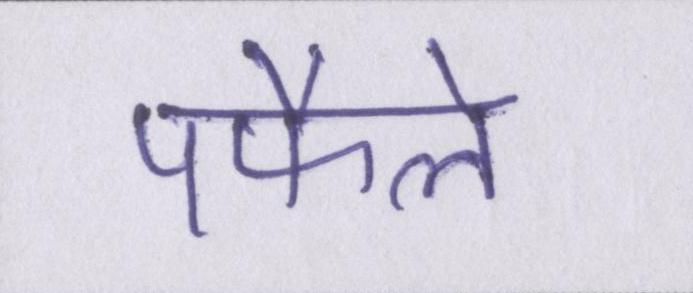
पफैले